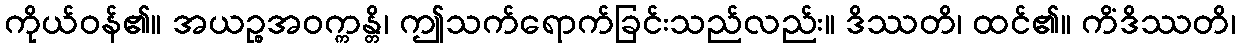
ကိုယ်ဝန်၏။ အယဉ္စအဝက္ကန္တိ၊ ဤသက်ရောက်ခြင်းသည်လည်း။ ဒိဿတိ၊ ထင်၏။ ကိံဒိဿတိ၊